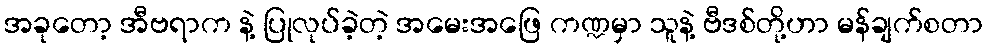
အခုတော့ အီဗရာက နဲ့ ပြုလုပ်ခဲ့တဲ့ အမေးအဖြေ ကဏ္ဍမှာ သူနဲ့ ဗီဒစ်တို့ဟာ မန်ချက်စတာ